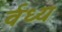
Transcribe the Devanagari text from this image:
र्वध्य